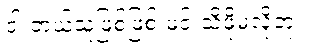
ငါ ဘယ်သူဖြစ်ဖြစ် မင်းသိဖို့မလိုဘူး။